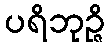
ပရိဘုဉ္ဇိ